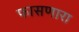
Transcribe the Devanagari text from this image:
फासणारा